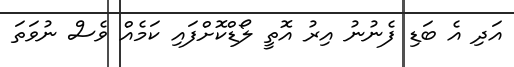
އަދި އެ ބަޑި ފެނުނު އިރު އޮތީ ލޯޑްކޮށްފައި ކަމެއް ވެސް ނުވަތަ